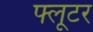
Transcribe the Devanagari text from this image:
फ्लूटर